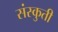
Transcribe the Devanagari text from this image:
संस्कुती